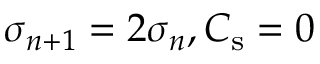
\sigma _ { n + 1 } = 2 \sigma _ { n } , C _ { \mathrm { s } } = 0